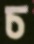
চ